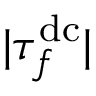
| \tau _ { f } ^ { \mathrm { d c } } |